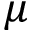
\mu